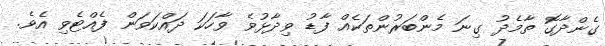
ގެންދާގޮ ތާމެދު ގިނަ މެންބަރުންތަކެއް ފާޑު ވިދާޅުވެ ވާހަކަ ދައްކަވަން ފެއްޓެވި އެވެ.